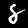
Digit: 8